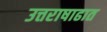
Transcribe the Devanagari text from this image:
उत्तराषाढात